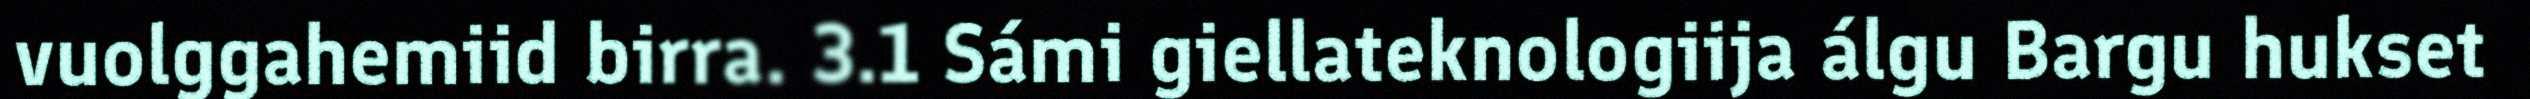
vuolggahemiid birra. 3.1 Sámi giellateknologiija álgu Bargu hukset